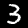
Label: 3